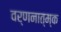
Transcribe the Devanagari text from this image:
वर्णनात्म्क